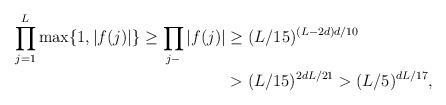
LaTeX: \begin{align*}\prod_{j=1}^L \max\{1,|f(j)|\} \ge \prod_{j - } |f(j)|&\geq (L/15)^{(L-2d)d/10} \\&> (L/15)^{2dL/21}>(L/5)^{dL/17},\end{align*}